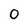
Character: 0